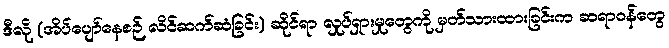
ဒီလို (အိပ်ပျော်နေစဉ် လိင်ဆက်ဆံခြင်း) ဆိုင်ရာ လှုပ်ရှားမှုတွေကို မှတ်သားထားခြင်းက ဆရာဝန်တွေ